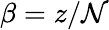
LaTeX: \beta=z/\mathcal{N}